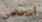
أسمعى